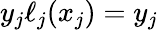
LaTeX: y_{j}\ell_{j}(x_{j})=y_{j}